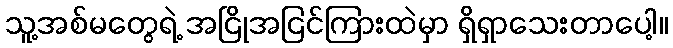
သူ့အစ်မတွေရဲ့ အငြိုအငြင်ကြားထဲမှာ ရှိရှာသေးတာပေါ့။